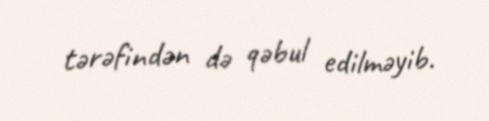
tərəfindən də qəbul edilməyib.